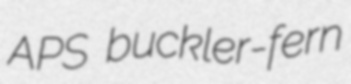
APS buckler-fern